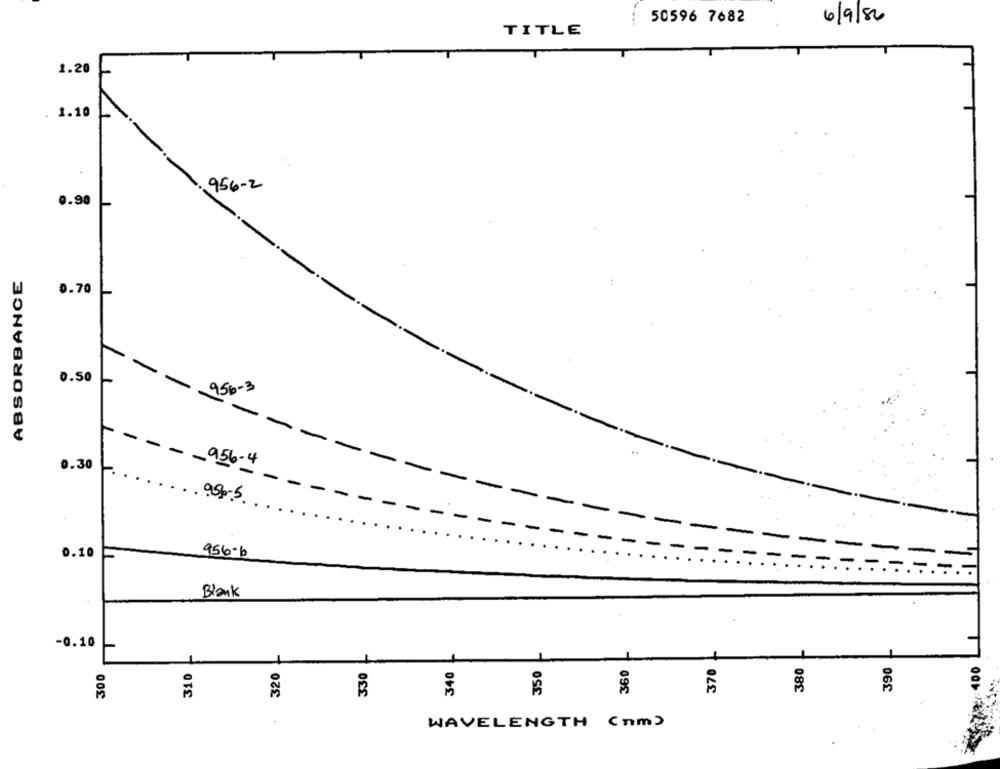
50596 7682
6/9/86
TITLE
1.20
1.10
956-2
0.90
ABSORBANCE
0.70
0.50
--
956 - 3
-
-
0.30
- - 956-4
.999-5.
0.10
956-b
Blank
-0.10
350
370
380
390
:400
300
310
320
330
340
360
WAVELENGTH (nm)